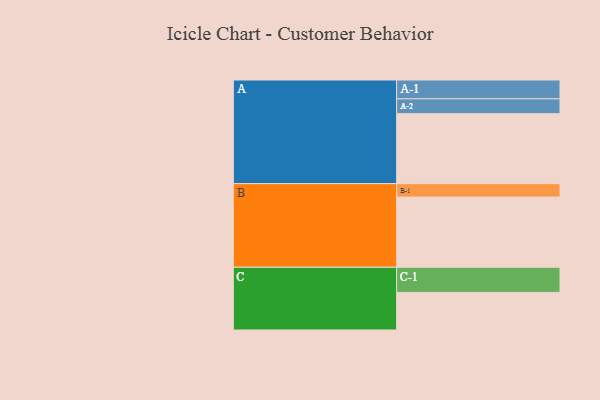
{"axis": {"x": "Segment", "y": "Value"}, "legend": ["", "A", "B", "C"], "data": [{"x": "A", "y": 590, "type": ""}, {"x": "B", "y": 592, "type": ""}, {"x": "C", "y": 317, "type": ""}, {"x": "A-1", "y": 159, "type": "A"}, {"x": "A-2", "y": 125, "type": "A"}, {"x": "B-1", "y": 113, "type": "B"}, {"x": "C-1", "y": 212, "type": "C"}]}